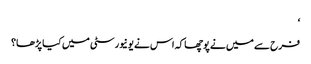
‘
فرح سے میں نے پوچھا کہ اس نے یونیورسٹی میں کیا پڑھا؟